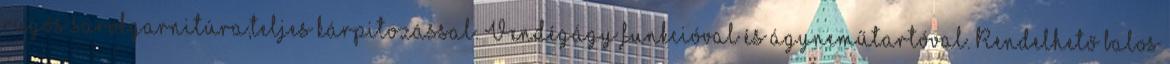
rugós sarokgarnitúra,teljes kárpitozással. Vendégágy funkcióval és ágyneműtartóval. Rendelhető balos